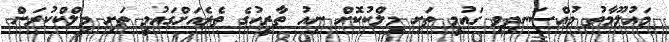
މައުލޫމާތު މުއްސަނދިވި ގައުމީ ތަށި މިލްކުކޮށް ނިއު ތާރީހުގެ ތެރެއަށްގައުމީ ތަށި މިލްކްކުރަން